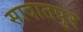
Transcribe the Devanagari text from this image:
सादातपुर